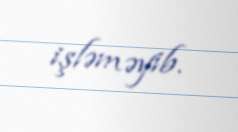
işləməyib.